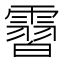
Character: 霫